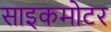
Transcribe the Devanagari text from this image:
साइकमोटर